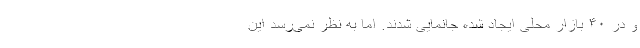
و در ۴۰ بازار محلی ایجاد شده جانمایی شدند. اما به نظر نمی‌رسد این